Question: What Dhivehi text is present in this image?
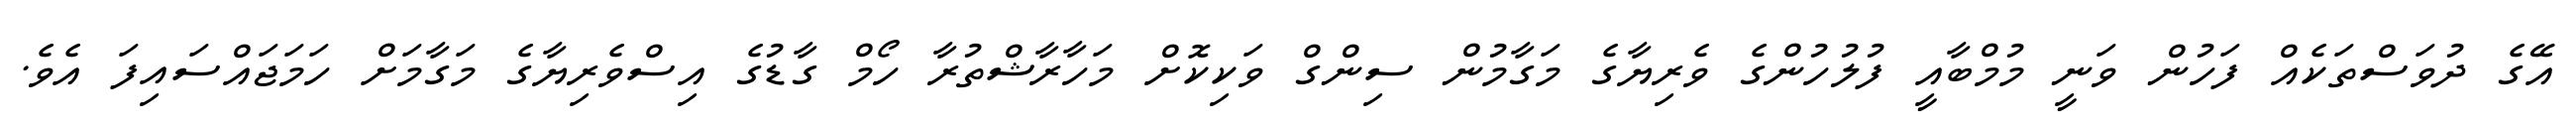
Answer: އޭގެ ދުވަސްތަކެއް ފަހުން ވަނީ މުމްބާއީ ފުލުހުންގެ ވެރިޔާގެ މަގާމުން ސިންގް ވަކިކޮށް މަހާރާޝްތުރާ ހޯމް ގާޑުގެ އިސްވެރިޔާގެ މަގާމަށް ހަމަޖައްސައިފަ އެވެ.